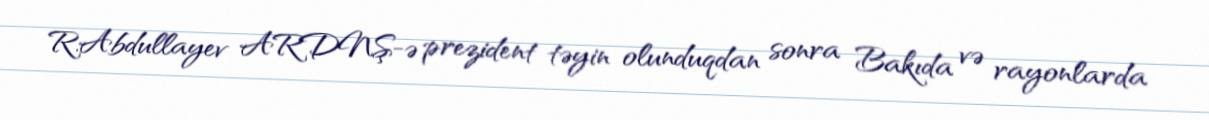
R.Abdullayev ARDNŞ-ə prezident təyin olunduqdan sonra Bakıda və rayonlarda